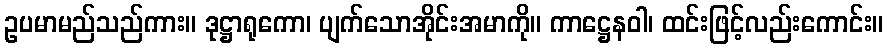
ဥပမာမည်သည်ကား။ ဒုဋ္ဌာရုကော၊ ပျက်သောအိုင်းအမာကို။ ကာဋ္ဌေနဝါ၊ ထင်းဖြင့်လည်းကောင်း။